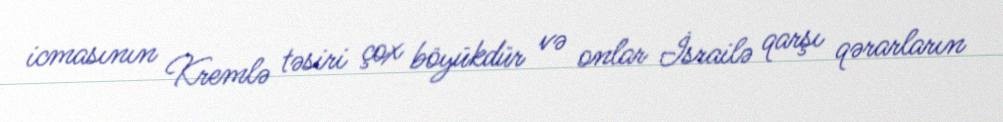
icmasının Kremlə təsiri çox böyükdür və onlar İsrailə qarşı qərarların